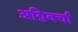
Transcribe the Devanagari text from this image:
अग्निवर्चा